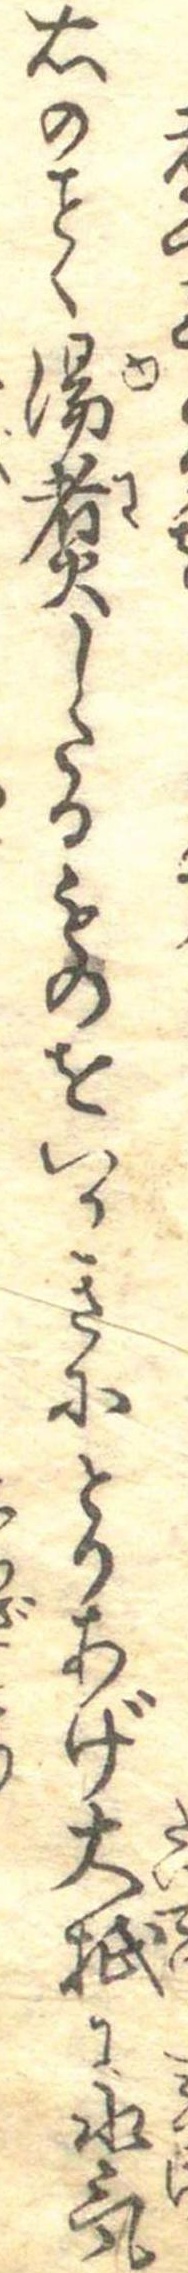
右のく湯煮したるものをいかきにとりあげ大抵に水気